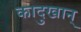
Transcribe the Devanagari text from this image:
कादुखान्